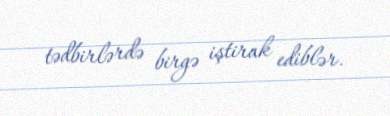
tədbirlərdə birgə iştirak ediblər.